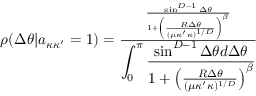
\begin{array} { r } { \rho ( \Delta \theta | a _ { \kappa \kappa ^ { \prime } } = 1 ) = \frac { \frac { \sin ^ { D - 1 } \Delta \theta } { 1 + \left( \frac { R \Delta \theta } { ( \mu \kappa ^ { \prime } \kappa ) ^ { 1 / D } } \right) ^ { \beta } } } { \displaystyle \int _ { 0 } ^ { \pi } \frac { \sin ^ { D - 1 } \Delta \theta d \Delta \theta } { 1 + \left( \frac { R \Delta \theta } { ( \mu \kappa ^ { \prime } \kappa ) ^ { 1 / D } } \right) ^ { \beta } } } } \end{array}